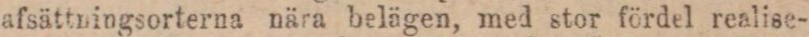
afsättningsorterna nära belägen, med stor fördel realise-